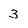
Character: 3